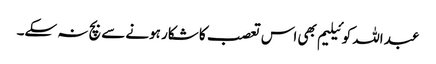
عبد اللہ کوئیلیم بھی اس تعصب کا شکار ہونے سے بچ نہ سکے۔